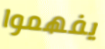
يفهموا